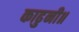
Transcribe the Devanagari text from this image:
काढुनी॥